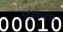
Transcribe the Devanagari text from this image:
गटनेतेपदही